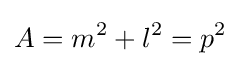
A=m^{2}+l^{2}=p^{2}